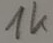
Text: 1k